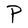
Character: P